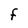
Character: F